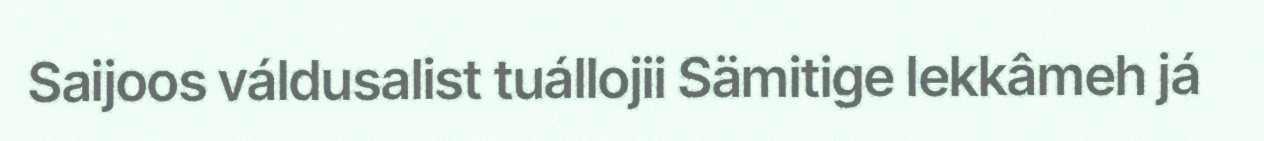
Saijoos váldusalist tuállojii Sämitige lekkâmeh já